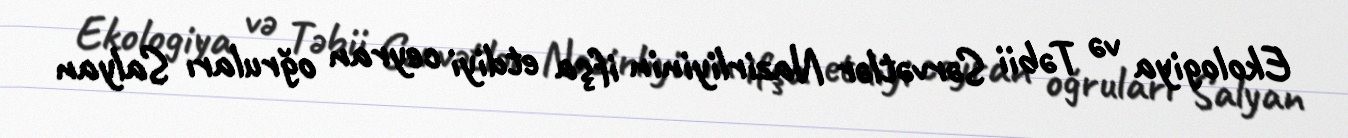
Ekologiya və Təbii Sərvətlər Nazirliyinin ifşa etdiyi ceyran oğruları Salyan